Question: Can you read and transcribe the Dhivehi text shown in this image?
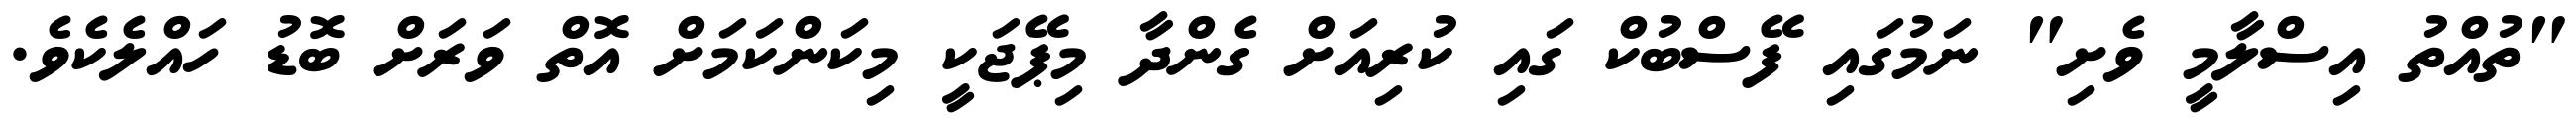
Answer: "ތުއްތު އިސްލާމީ ވެށި" ނަމުގައި ފޭސްބުކް ގައި ކުރިއަށް ގެންދާ މިޕޭޖަކީ މިކަންކަމަށް އޮތް ވަރަށް ބޮޑު ހައްލެކެވެ.